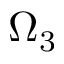
\Omega _ { 3 }